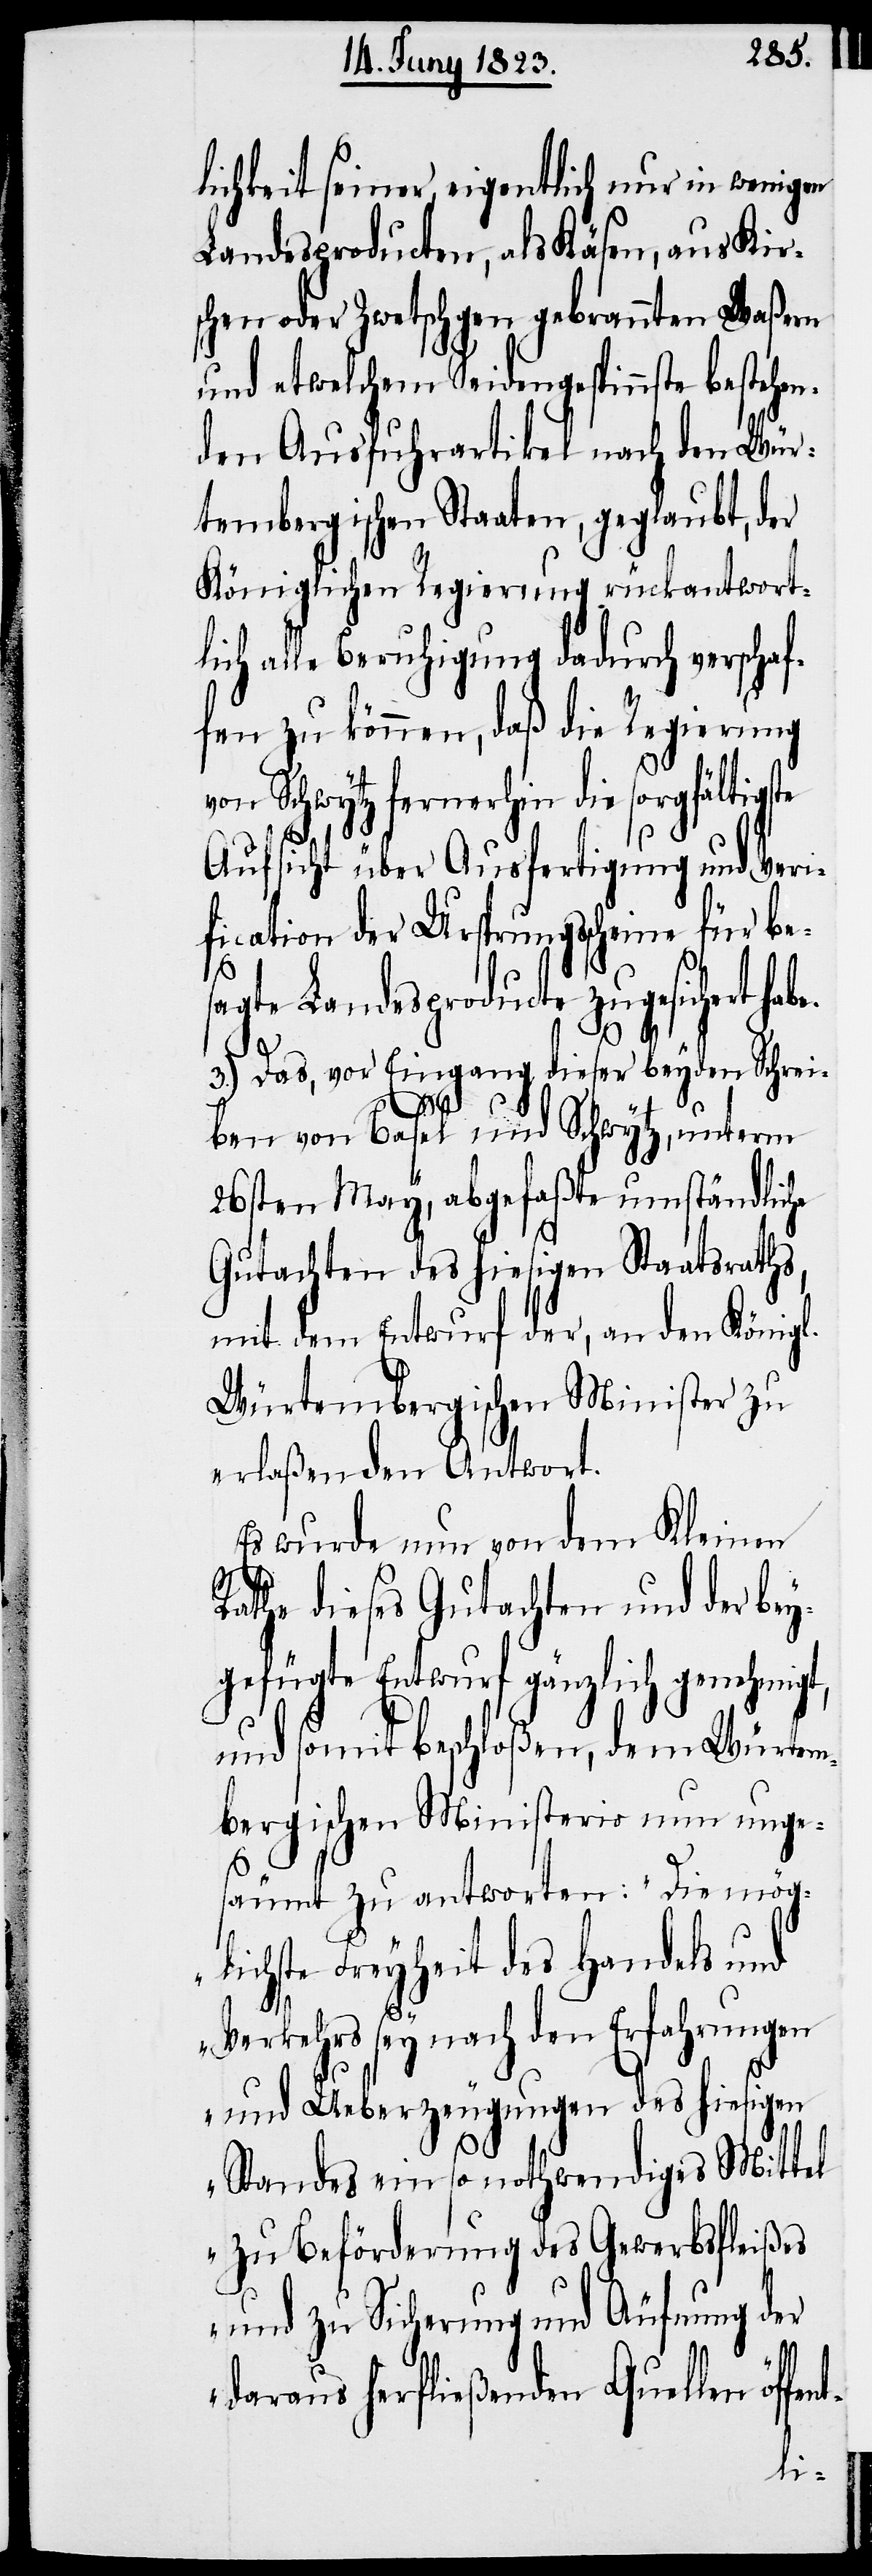
lichkeit seiner, eigentlich nur in wenigen
Landesproducten, als Käsen, aus Kir¬
schen oder Zwetschgen gebrannten Waßern
und etwelchem Seidengespinnste bestehen¬
den Ausfuhrartikel nach den Wür¬
tembergischen Staaten, geglaubt, der
Königlichen Regierung rückantwort¬
lich alle Beruhigung dadurch verschaf¬
fen zu können, daß die Regierung
von Schwytz fernerhin die sorgfältigs¬
Aufsicht über Ausfertigung und Veri¬
fication der Ursprungsscheine für bes¬
agte Landesproducte zugesichert ha¬
be.
3.) Das, vor Eingang dieser beyden Schrei¬
ben von Basel und Schwytz, unterm
26sten May, abgefaßte umständliche
Gutachten des hiesigen Staatsraths,
mit dem Entwurf der, an den Königl.
Würtembergischen Minister zu
erlaßenden Antwort.
Es wurde nun von dem Kleinen
Rathe dieses Gutachten und der bey¬
gefügte Entwurf gänzlich genehmigt,
und somit beschloßen, dem Würtem¬
bergischen Ministerio nun unge¬
säumt zu antworten: „Die mög¬
lichste Freyheit des Handels und
Verkehrs sey nach den Erfahrungen
nt-
und Ueberzeugungen des hiesigen
Standes ein so nothwendiges Mittel
zu Beförderung des Gewerbsfleißes
und zu Sicherung und Äufnung der
daraus herfließenden Quellen öffe¬